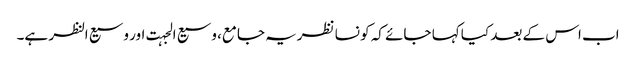
اب اس کے بعد کیا کہا جائے کہ کو نسا نظریہ جامع، وسیع الجہت اور وسیع النظر ہے۔